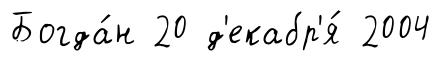
Богда́н 20 д'екабр'я́ 2004